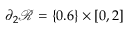
\partial _ { 2 } \mathscr { R } = \{ 0 . 6 \} \times [ 0 , 2 ]